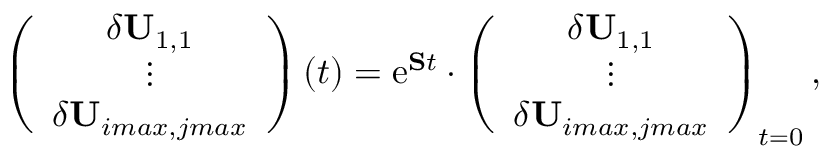
\left( \begin{array} { c } { \delta \mathbf { U } _ { 1 , 1 } } \\ { \vdots } \\ { \delta \mathbf { U } _ { i m a x , j m a x } } \end{array} \right) ( t ) = \mathrm { e } ^ { \mathbf { S } t } \cdot \left( \begin{array} { c } { \delta \mathbf { U } _ { 1 , 1 } } \\ { \vdots } \\ { \delta \mathbf { U } _ { i m a x , j m a x } } \end{array} \right) _ { t = 0 } ,